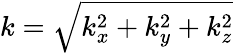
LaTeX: k=\sqrt{k_{x}^{2}+k_{y}^{2}+k_{z}^{2}}